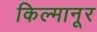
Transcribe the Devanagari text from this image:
किल्मानूर